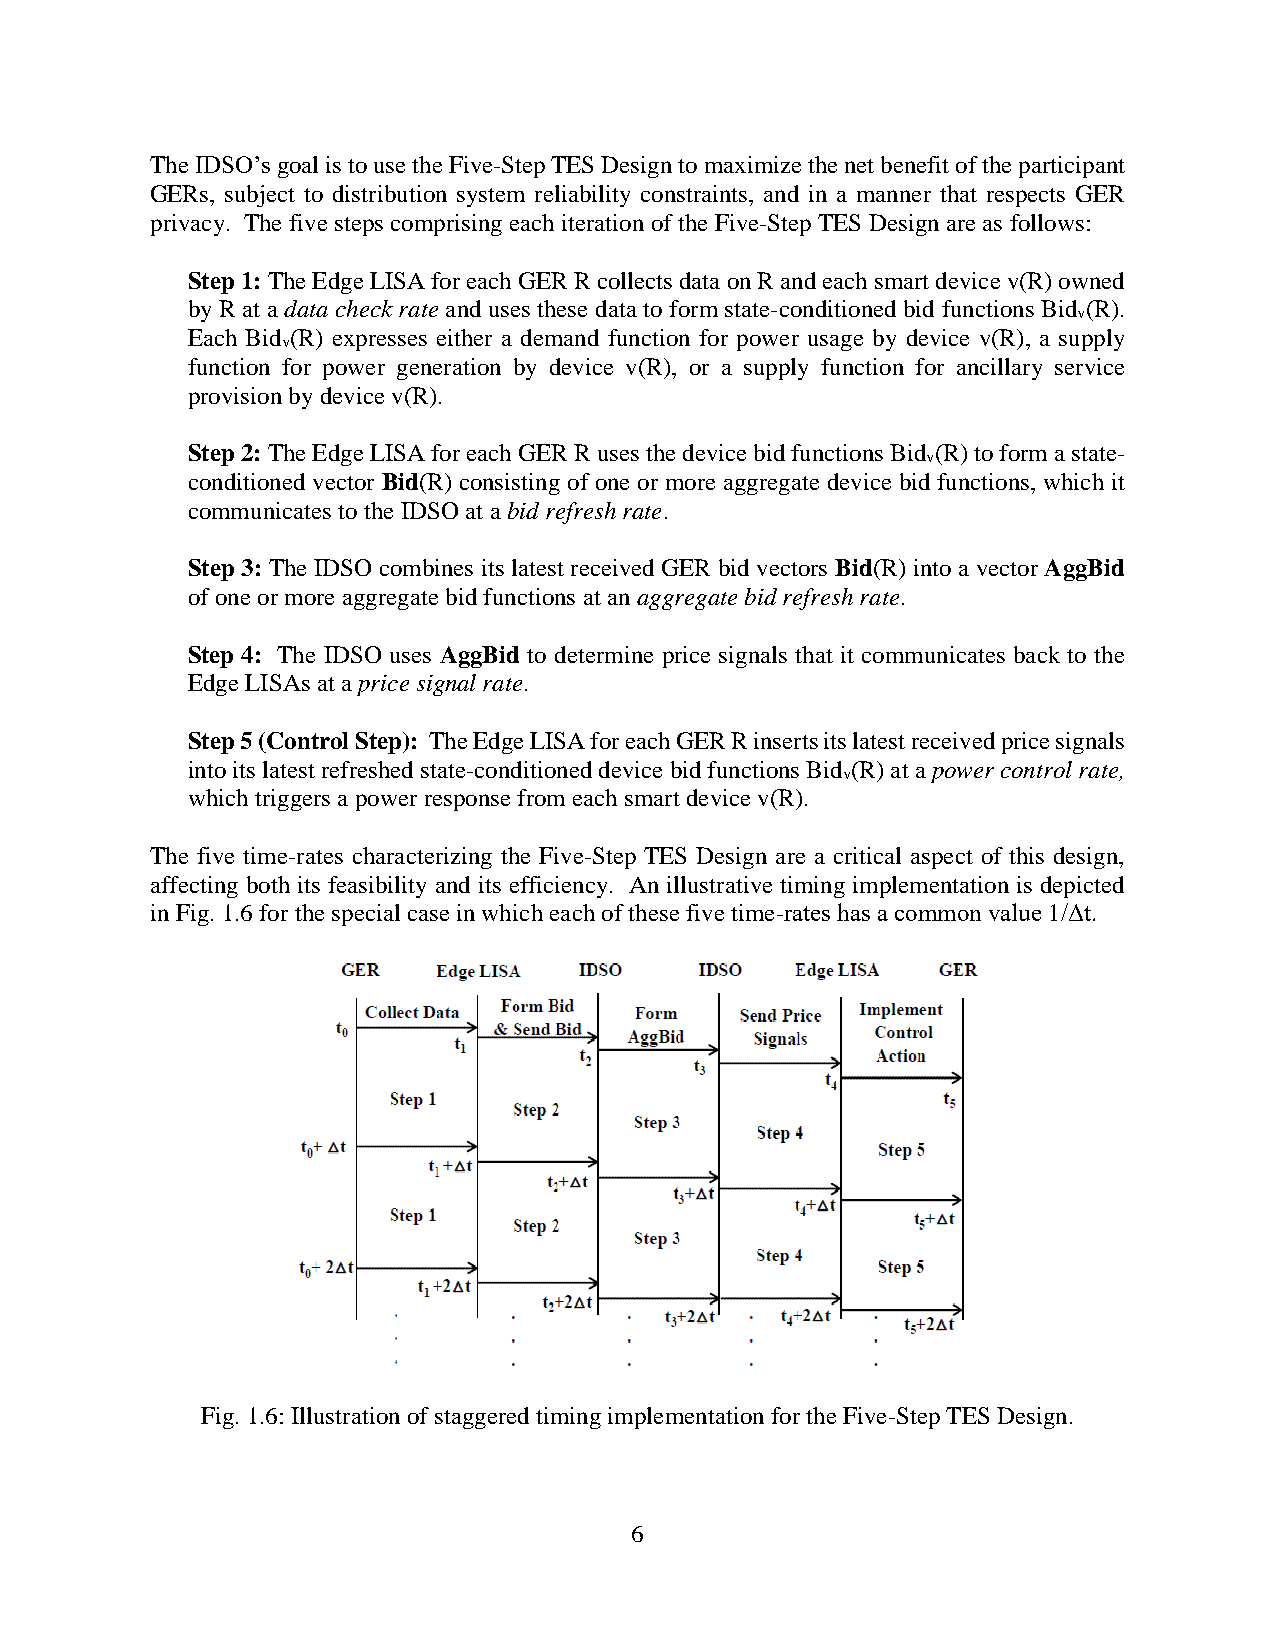
The IDSO’s goal is to use the Five-Step TES Design to maximize the net benefit of the participant
 GERs, subject to distribution system reliability constraints, and in a manner that respects GER
 privacy. The five steps comprising each iteration of the Five-Step TES Design are as follows:
 Step 1: The Edge LISA for each GER R collects data on R and each smart device v(R) owned
 by R at a data check rate and uses these data to form state-conditioned bid functions Bid (R).
 v
 Each Bid (R) expresses either a demand function for power usage by device v(R), a supply
 v
 function for power generation by device v(R), or a supply function for ancillary service
 provision by device v(R).
 Step 2: The Edge LISA for each GER R uses the device bid functions Bid (R) to form a state-
 v
 conditioned vector Bid(R) consisting of one or more aggregate device bid functions, which it
 communicates to the IDSO at a bid refresh rate.
 Step 3: The IDSO combines its latest received GER bid vectors Bid(R) into a vector AggBid
 of one or more aggregate bid functions at an aggregate bid refresh rate.
 Step 4: The IDSO uses AggBid to determine price signals that it communicates back to the
 Edge LISAs at a price signal rate.
 Step 5 (Control Step): The Edge LISA for each GER R inserts its latest received price signals
 into its latest refreshed state-conditioned device bid functions Bid (R) at a power control rate,
 v
 which triggers a power response from each smart device v(R).
 The five time-rates characterizing the Five-Step TES Design are a critical aspect of this design,
 affecting both its feasibility and its efficiency. An illustrative timing implementation is depicted
 in Fig. 1.6 for the special case in which each of these five time-rates has a common value 1/Δt.
 Fig. 1.6: Illustration of staggered timing implementation for the Five-Step TES Design.
 6